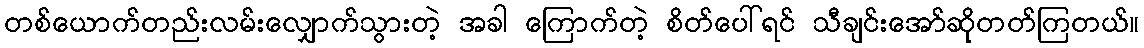
တစ်ယောက်တည်းလမ်းလျှောက်သွားတဲ့ အခါ ကြောက်တဲ့ စိတ်ပေါ်ရင် သီချင်းအော်ဆိုတတ်ကြတယ်။